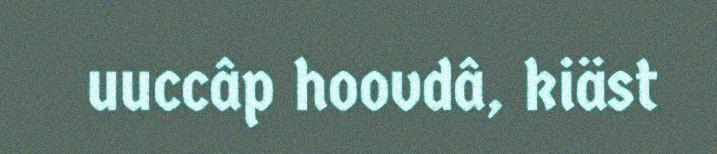
uuccâp hoovdâ, kiäst